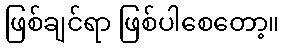
ဖြစ်ချင်ရာ ဖြစ်ပါစေတော့။